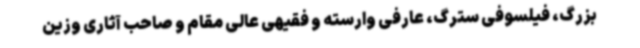
بزرگ، فیلسوفی سترگ، عارفی وارسته و فقیهی عالی مقام و صاحب آثاری وزین